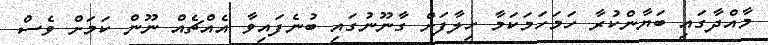
މާއްދާގައި ބަޔާންކުރާ ހަމަހަމަކަމާ ހިލާފަށް ގާނޫނުގައި ބުނެފައިވާ އެއްޗެއް ނޫން ކަމަށް ވެސް